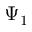
\Psi _ { 1 }